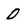
Character: 0